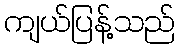
ကျယ်ပြန့်သည်